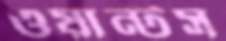
ওয়ান্টস